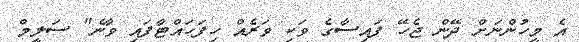
އެ މީހުންނަށް ދޭން ޖެހޭ ފައިސާގެ ވަކި ވަރެއް ހިފަހައްޓާފައި ވާނެ" ސަލީމް